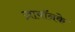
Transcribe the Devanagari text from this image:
ज़ायॉनके